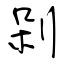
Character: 剁